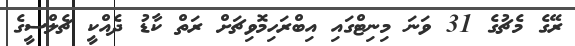
ރޭގެ މެޗުގެ 31 ވަނަ މިނިޓްގައި އިބްރަހިމޮވިޗަށް ރަތް ކާޑު ދެއްކީ ޗެލްސީގެ